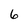
Character: 6